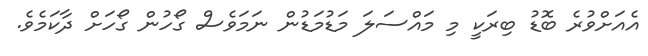
އެއަށްވުރެ ބޮޑު ބިރަކީ މި މައްސަލަ މަޑުމަޑުން ނަމަވެސް ގޯހުން ގޯހަށް ދާކަމެވެ.